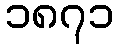
၁၈၇၁